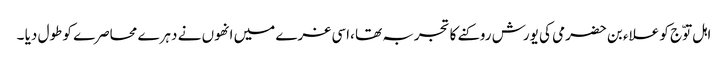
اہل توّج کو علاء بن حضرمی کی یورش روکنے کا تجربہ تھا ،اسی غرے میں انھوں نے دہرے محاصرے کو طول دیا ۔